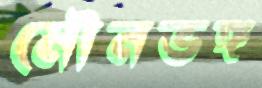
মৌনভঙ্গ